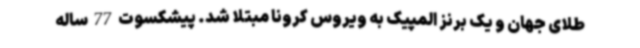
طلای جهان و یک برنز المپیک به ویروس کرونا مبتلا شد. پیشکسوت 77 ساله